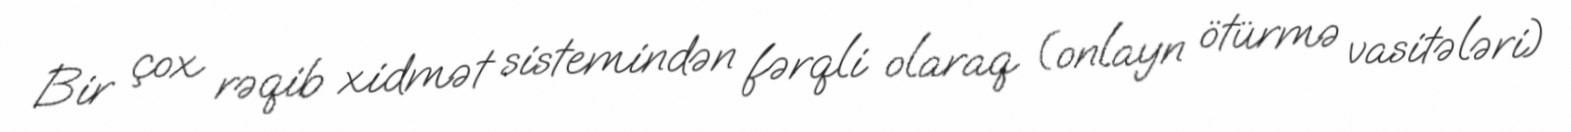
Bir çox rəqib xidmət sistemindən fərqli olaraq (onlayn ötürmə vasitələri)